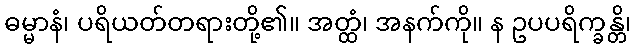
ဓမ္မာနံ၊ ပရိယတ်တရားတို့၏။ အတ္ထံ၊ အနက်ကို။ န ဥပပရိက္ခန္တိ၊